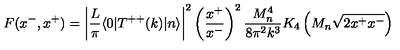
F ( x ^ { - } , x ^ { + } ) = \left| { \frac { L } { \pi } } \langle 0 | T ^ { + + } ( k ) | n \rangle \right| ^ { 2 } \left( { \frac { x ^ { + } } { x ^ { - } } } \right) ^ { 2 } { \frac { M _ { n } ^ { 4 } } { 8 \pi ^ { 2 } k ^ { 3 } } } K _ { 4 } \left( M _ { n } \sqrt { 2 x ^ { + } x ^ { - } } \right)